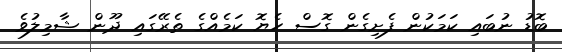
ބޮޑު ނުބައި ކަމަކުން ފެށިގެން ގޮސް ހެޔޮ ކަމެއްގެ ތެރޭގައި ދޫން ޝާމިލުވެ